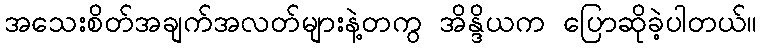
အသေးစိတ်အချက်အလတ်များနဲ့တကွ အိန္ဒိယက ပြောဆိုခဲ့ပါတယ်။